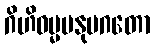
ဂိဟိဓမ္မမနုပဂတော